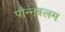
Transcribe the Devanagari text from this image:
पौन्नबलम